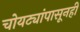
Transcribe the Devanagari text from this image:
चोयट्यांपासूनही